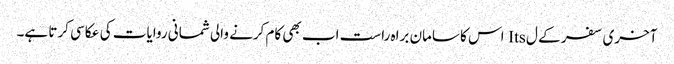
آخری سفر کے ل Its اس کا سامان براہ راست اب بھی کام کرنے والی شمانی روایات کی عکاسی کرتا ہے۔